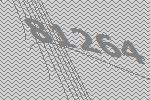
81264